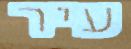
עיר